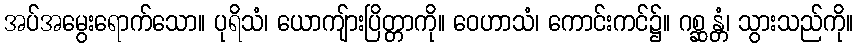
အပ်အမွေးရောက်သော။ ပုရိသံ၊ ယောကျ်ားပြိတ္တာကို။ ဝေဟာသံ၊ ကောင်းကင်၌။ ဂစ္ဆန္တံ၊ သွားသည်ကို။